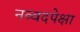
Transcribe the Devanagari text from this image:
नव्वदपेक्षा